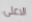
الاعلى